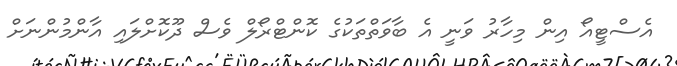
އެސްޓީއޯ އިން މިހާރު ވަނީ އެ ބާވަތްތަކުގެ ކޮންޓްރޯލް ވެސް ދޫކޮށްލައި އާންމުންނަށް